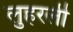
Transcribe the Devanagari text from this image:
लुहरली